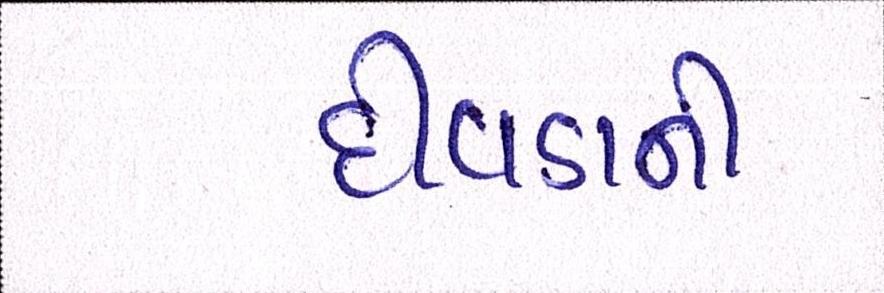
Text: દીવડાની